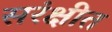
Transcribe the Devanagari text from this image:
सरंक्षीत